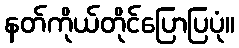
နတ်ကိုယ်တိုင်ပြောပြပုံ။